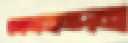
সোমনন্দন